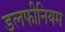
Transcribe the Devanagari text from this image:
डलफीनियम